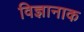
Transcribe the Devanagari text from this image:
विज्ञानाक